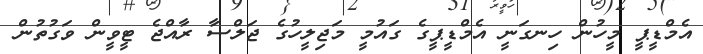
އެމްޑީޕީ މީހުން ހިނގަނީ އެމްޑީޕީގެ ގައުމީ މަޖިލީހުގެ ޖަލްސާ ރާއްޖެ ޓީވީން ވަގުތުން